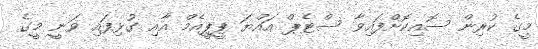
މީގެ ކުރިން ސޮއިކޮށްފައިވާ ސްޓެޕް އައްޔަ ޕީޕީއެމް އާއި ގުޅިފައި ވަނީ މީގެ